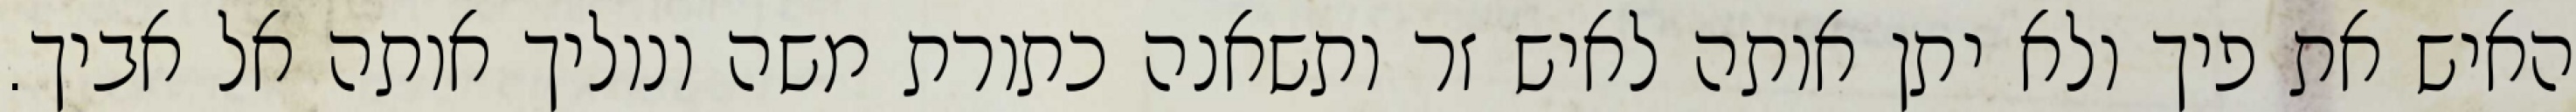
האיש את פיך ולא יתן אותה לאיש זר ותשאנה כתורת משה ונוליך אותה אל אביך.